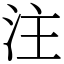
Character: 注